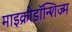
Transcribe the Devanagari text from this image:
माइक्रोडॉन्शिज्म